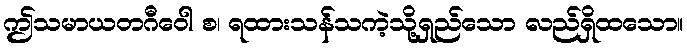
ဤသမာယတဂီဝေါ စ၊ ရထားသန်သကဲ့သို့ရှည်သော လည်ရှိထသော။